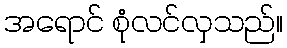
အရောင် စုံလင်လှသည်။